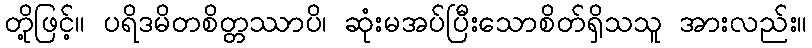
တို့ဖြင့်။ ပရိဒမိတစိတ္တဿာပိ၊ ဆုံးမအပ်ပြီးသောစိတ်ရှိသသူ အားလည်း။